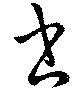
書